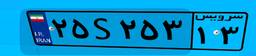
۲۵S۲۵۳۱۳